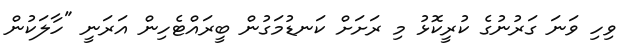
ވިހި ވަަނަ ގަރުނުގެ ކުރީކޮޅު މި ރަށަށް ކަނޑުމަގުން ބީރައްޓެހިން އަރަނީ "ހާލަކުން